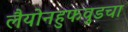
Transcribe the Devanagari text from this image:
लैयोनहुफवुडचा